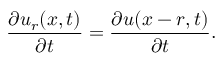
\frac { \partial \boldsymbol u _ { r } ( \boldsymbol x , t ) } { \partial t } = \frac { \partial \boldsymbol u ( \boldsymbol x - \boldsymbol r , t ) } { \partial t } .